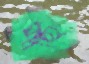
পাছি